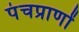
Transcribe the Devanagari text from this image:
पंचप्राणों